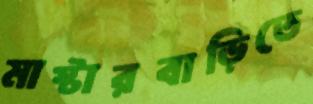
মাস্টারবাড়িতে